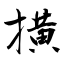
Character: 撗